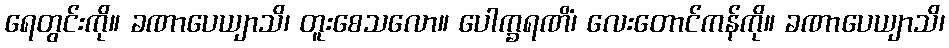
ရေတွင်းကို။ ခဏာပေယျာသိ၊ တူးစေသလော။ ပေါက္ခရဏိံ၊ လေးတောင်ကန်ကို။ ခဏာပေယျာသိ၊